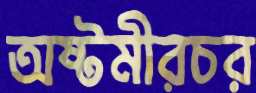
অষ্টমীরচর